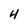
Character: 4